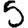
Digit: 5